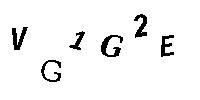
VG1G2E